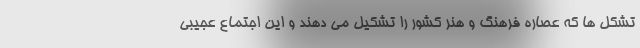
تشکل ها که عصاره فرهنگ و هنر کشور را تشکیل می دهند و این اجتماع عجیبی